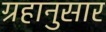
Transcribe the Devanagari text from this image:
ग्रहानुसार